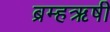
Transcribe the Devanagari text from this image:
ब्रम्हऋषी